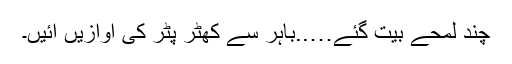
چند لمحے بیت گئے…..باہر سے کھٹر پٹر کی آوازیں آئیں۔